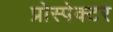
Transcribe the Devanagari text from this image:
प्रोस्पेक्टर